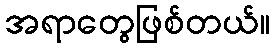
အရာတွေဖြစ်တယ်။